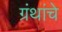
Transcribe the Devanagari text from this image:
ग्रंंथांचे